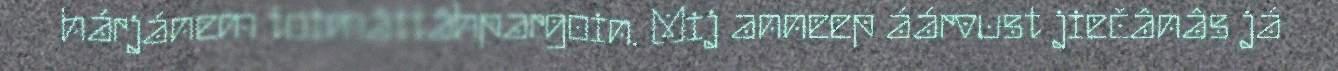
hárjánem toimâttâhpargoin. Mij anneep áárvust jiečânâs já